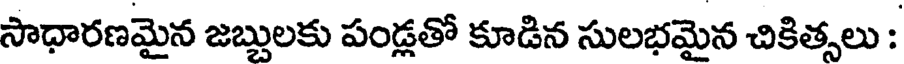
సాధారణమైన జబ్బులకు పండ్లతో కూడిన సులభమైన చికిత్సలు :